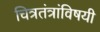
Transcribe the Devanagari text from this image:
चित्रतंत्रांविषयी